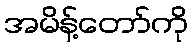
အမိန့်တော်ကို